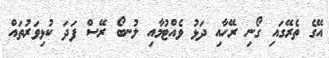
އޭގެ ތެރޭގައި ގޯނި ރޭހާއި ދަޅު ވެއްޓުމާއި ލުނބޯ ރޭސް ފަދަ ކުޅިވަރުތައް